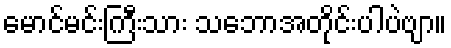
မောင်မင်းကြီးသား သဘောအတိုင်းပါပဲဗျာ။